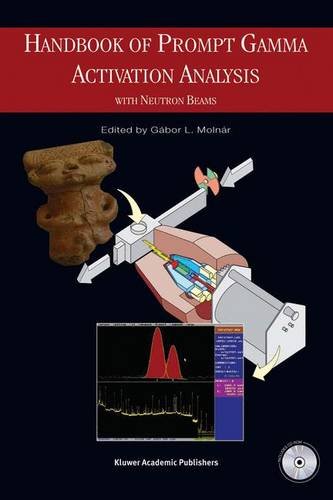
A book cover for Handbook of Prompt Gamma Activation Analysis: with Neutron Beams; Science & Math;